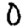
Digit: 0